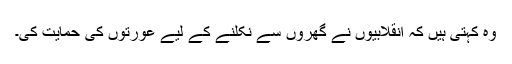
وہ کہتی ہیں کہ انقلابیوں نے گھروں سے نکلنے کے لیے عورتوں کی حمایت کی۔